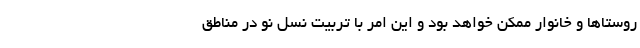
روستاها و خانوار ممکن خواهد بود و این امر با تربیت نسل نو در مناطق